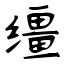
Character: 缰